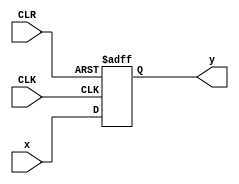
// This program was cloned from: https://github.com/rolo-g/TRISC-Processor
// License: MIT License

//Rolando Rosales 1001850424 - HW8 P2 parameterized 4-bit PI/PO reg

module piporeg #(parameter N = 4)(
	input [N-1:0] x,
	input CLK, CLR,
	output reg [N-1:0] y);
		always @ (negedge CLK, negedge CLR)
			begin 
				if (CLR == 1'b0) y <= 0;
					else if (CLK == 1'b0) y <= x;
			end
endmodule